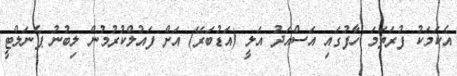
އެކަމަކު ފުރަތަމަ ހާފުގައި އަސްއަދު އަލީ (އަޑުބަރޭ) އަށް ފައުލްކުރުމުން ލިބުނު ޕެނަލްޓީ